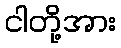
ငါတို့အား